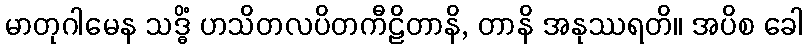
မာတုဂါမေန သဒ္ဓိံ ဟသိတလပိတကီဠိတာနိ, တာနိ အနုဿရတိ။ အပိစ ခေါ